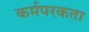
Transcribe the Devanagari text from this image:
कर्मपरकता